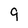
Character: 9